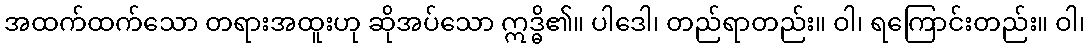
အထက်ထက်သော တရားအထူးဟု ဆိုအပ်သော ဣဒ္ဓိ၏။ ပါဒေါ၊ တည်ရာတည်း။ ဝါ၊ ရကြောင်းတည်း။ ဝါ၊